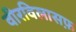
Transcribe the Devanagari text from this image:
वीरविलासफ़